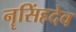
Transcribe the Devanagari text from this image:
नॄसिंहदेव